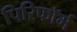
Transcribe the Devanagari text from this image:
पिरिफॉर्म